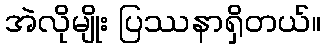
အဲလိုမျိုး ပြဿနာရှိတယ်။